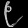
Digit: ၉